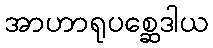
အာဟာရုပစ္ဆေဒါယ